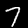
Digit: 7